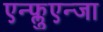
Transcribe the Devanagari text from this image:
एन्फ्लुएन्जा